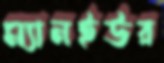
ম্যানইউর